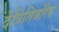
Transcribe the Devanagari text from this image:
देत्रितिवोरेस